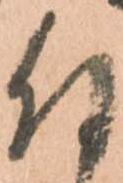
付